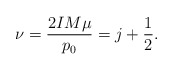
\begin{align*}\nu = \frac{2IM\mu}{p_0} = j+\frac{1}{2}.\end{align*}